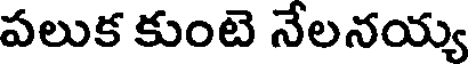
పలుక కుంటె నేలనయ్య